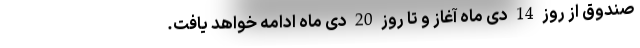
صندوق از روز 14 دی ماه آغاز و تا روز 20 دی ماه ادامه خواهد یافت.